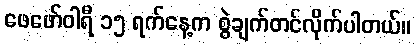
ဖေဖော်ဝါရီ ၁၅ ရက်နေ့က စွဲချက်တင်လိုက်ပါတယ်။